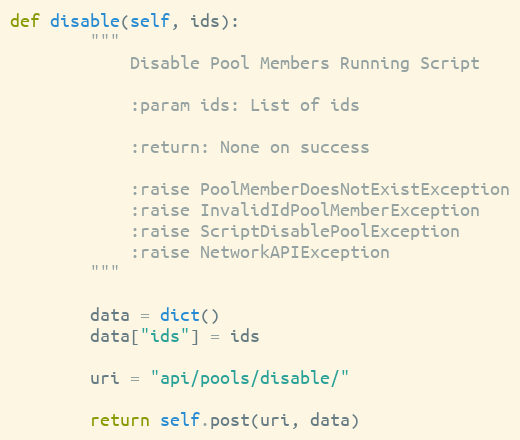
Language: Python
def disable(self, ids):
        """
            Disable Pool Members Running Script

            :param ids: List of ids

            :return: None on success

            :raise PoolMemberDoesNotExistException
            :raise InvalidIdPoolMemberException
            :raise ScriptDisablePoolException
            :raise NetworkAPIException
        """

        data = dict()
        data["ids"] = ids

        uri = "api/pools/disable/"

        return self.post(uri, data)